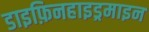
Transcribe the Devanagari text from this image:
डाइफ़िनहाइड्रमाइन